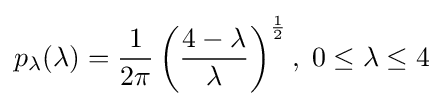
p_{\lambda }(\lambda )={\frac {1}{2\pi }}\left({\frac {4-\lambda }{\lambda }}\right)^{\frac {1}{2}},\;0\leq \lambda \leq 4